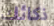
ذكائك